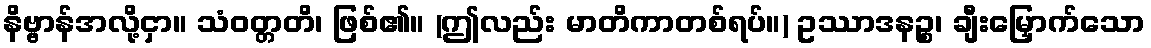
နိဗ္ဗာန်အလို့ငှာ။ သံဝတ္တတိ၊ ဖြစ်၏။ (ဤလည်း မာတိကာတစ်ရပ်။) ဥဿာဒနဉ္စ၊ ချီးမြှောက်သော